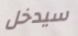
سيدخل